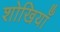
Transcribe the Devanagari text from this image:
शोखियाँ